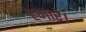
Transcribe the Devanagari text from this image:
हमारे।